Vaccination in Burma 1900-1911 - 1900-1911
Year: 1900
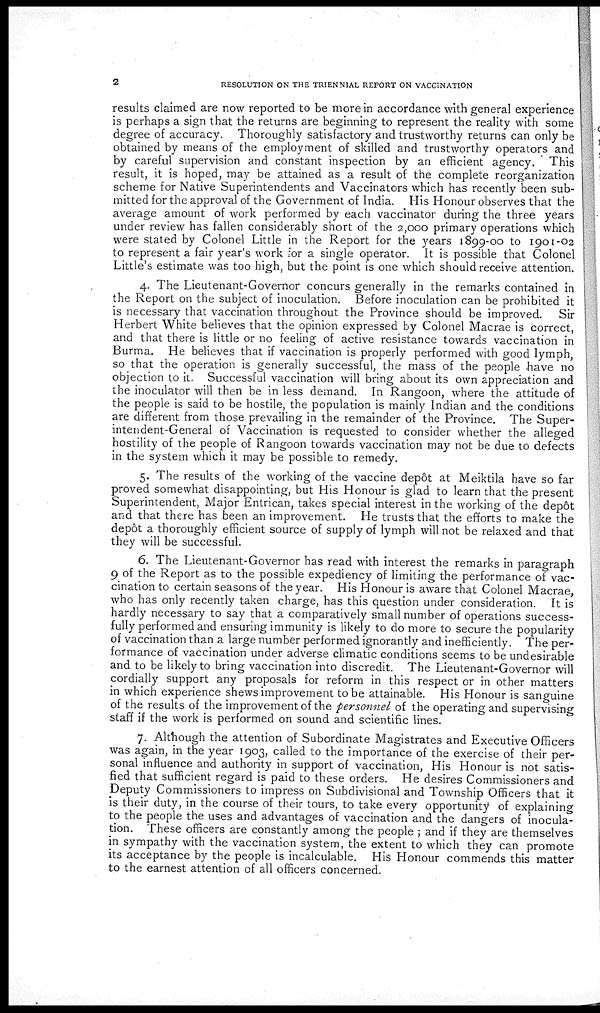
2
RESOLUTION ON THE TRIENNIAL REPORT ON VACCINATION
results claimed are now reported to be more in accordance with general experience
is perhaps a sign that the returns are beginning to represent the reality with some
degree of accuracy. Thoroughly satisfactory and trustworthy returns can only be
obtained by means of the employment of skilled and trustworthy operators and
by careful supervision and constant inspection by an efficient agency. This
result, it is hoped, may be attained as a result of the complete reorganization
scheme for Native Superintendents and Vaccinators which has recently been sub-
mitted for the approval of the Government of India. His Honour observes that the
average amount of work performed by each vaccinator during the three years
under review has fallen considerably short of the 2,000 primary operations which
were stated by Colonel Little in the Report for the years 1899-00 to 1901-02
to represent a fair year's work for a single operator. It is possible that Colonel
Little's estimate was too high, but the point is one which should receive attention.
4. The Lieutenant-Governor concurs generally in the remarks contained in
the Report on the subject of inoculation. Before inoculation can be prohibited it
is necessary that vaccination throughout the Province should be improved. Sir
Herbert White believes that the opinion expressed by Colonel Macrae is correct,
and that there is little or no feeling of active resistance towards vaccination in
Burma. He believes that if vaccination is properly performed with good lymph,
so that the operation is generally successful, the mass of the people have no
objection to it. Successful vaccination will bring about its own appreciation and
the inoculator will then be in less demand. In Rangoon, where the attitude of
the people is said to be hostile, the population is mainly Indian and the conditions
are different from those prevailing in the remainder of the Province. The Super-
intendent-General of Vaccination is requested to consider whether the alleged
hostility of the people of Rangoon towards vaccination may not be due to defects
in the system which it may be possible to remedy.
5. The results of the working of the vaccine depôt at Meiktila have so far
proved somewhat disappointing, but His Honour is glad to learn that the present
Superintendent, Major Entrican, takes special interest in the working of the depôt
and that there has been an improvement. He trusts that the efforts to make the
depôt a thoroughly efficient source of supply of lymph will not be relaxed and that
they will be successful.
6. The Lieutenant-Governor has read with interest the remarks in paragraph
9 of the Report as to the possible expediency of limiting the performance of vac-
cination to certain seasons of the year. His Honour is aware that Colonel Macrae,
who has only recently taken charge, has this question under consideration. It is
hardly necessary to say that a comparatively small number of operations success-
fully performed and ensuring immunity is likely to do more to secure the popularity
of vaccination than a large number performed ignorantly and inefficiently. The per-
formance of vaccination under adverse climatic conditions seems to be undesirable
and to be likely to bring vaccination into discredit. The Lieutenant-Governor will
cordially support any proposals for reform in this respect or in other matters
in which experience shews improvement to be attainable. His Honour is sanguine
of the results of the improvement of the personnel of the operating and supervising
staff if the work is performed on sound and scientific lines.
7. Although the attention of Subordinate Magistrates and Executive Officers
was again, in the year 1903, called to the importance of the exercise of their per-
sonal influence and authority in support of vaccination, His Honour is not satis-
fied that sufficient regard is paid to these orders. He desires Commissioners and
Deputy Commissioners to impress on Subdivisional and Township Officers that it
is their duty, in the course of their tours, to take every opportunity of explaining
to the people the uses and advantages of vaccination and the dangers of inocula-
tion. These officers are constantly among the people ; and if they are themselves
in sympathy with the vaccination system, the extent to which they can promote
its acceptance by the people is incalculable. His Honour commends this matter
to the earnest attention of all officers concerned.